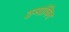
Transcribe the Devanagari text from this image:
ठप्पांकित